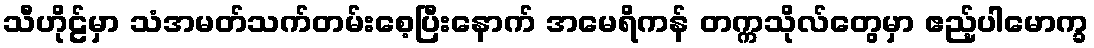
သီဟိုဠ်မှာ သံအမတ်သက်တမ်းစေ့ပြီးနောက် အမေရိကန် တက္ကသိုလ်တွေမှာ ဧည့်ပါမောက္ခ